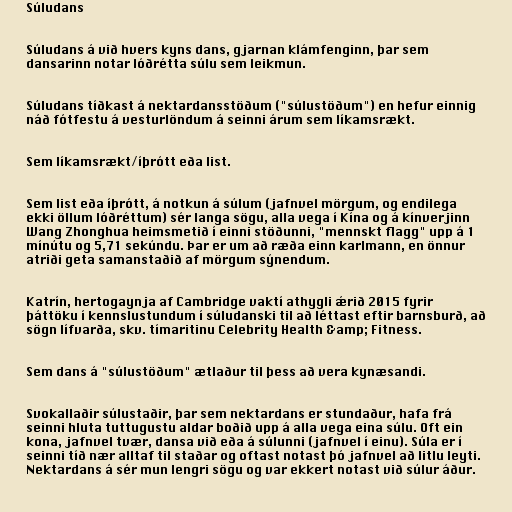
Súludans

Súludans á við hvers kyns dans, gjarnan klámfenginn, þar sem
dansarinn notar lóðrétta súlu sem leikmun.

Súludans tíðkast á nektardansstöðum ("súlustöðum") en hefur einnig
náð fótfestu á vesturlöndum á seinni árum sem líkamsrækt.

Sem líkamsrækt/íþrótt eða list.

Sem list eða íþrótt, á notkun á súlum (jafnvel mörgum, og endilega
ekki öllum lóðréttum) sér langa sögu, alla vega í Kína og á kínverjinn
Wang Zhonghua heimsmetið í einni stöðunni, "mennskt flagg" upp á 1
mínútu og 5,71 sekúndu. Þar er um að ræða einn karlmann, en önnur
atriði geta samanstaðið af mörgum sýnendum.

Katrín, hertogaynja af Cambridge vaktí athygli ǽrið 2015 fyrir
þáttöku í kennslustundum í súludanski til að léttast eftir barnsburð, að
sögn lífvarða, skv. tímaritinu Celebrity Health &amp; Fitness.

Sem dans á "súlustöðum" ætlaður til þess að vera kynæsandi.

Svokallaðir súlustaðir, þar sem nektardans er stundaður, hafa frá
seinni hluta tuttugustu aldar boðið upp á alla vega eina súlu. Oft ein
kona, jafnvel tvær, dansa við eða á súlunni (jafnvel í einu). Súla er í
seinni tíð nær alltaf til staðar og oftast notast þó jafnvel að litlu leyti.
Nektardans á sér mun lengri sögu og var ekkert notast við súlur áður.